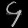
Digit: ၄